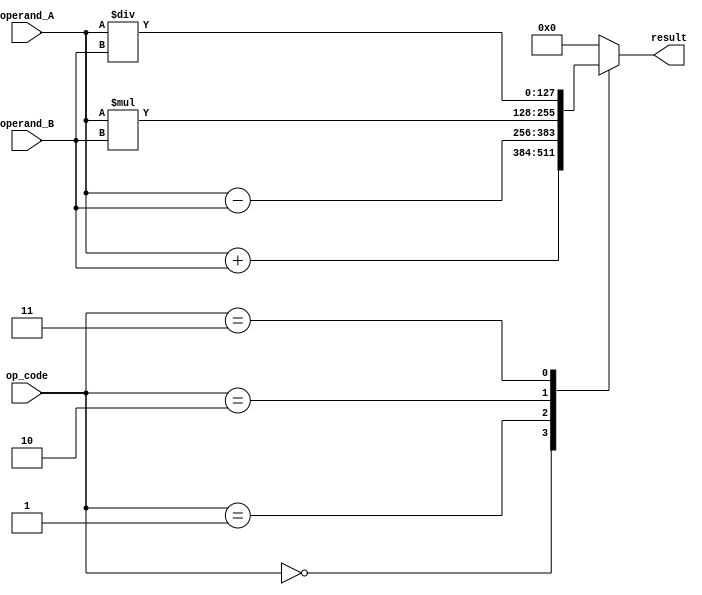
module quad_precision_unit (
    input [127:0] operand_A,
    input [127:0] operand_B,
    input [3:0] op_code, // 0: addition, 1: subtraction, 2: multiplication, 3: division
    output reg [127:0] result
);

always @ (*) begin
    case (op_code)
        0: result = operand_A + operand_B; // addition
        1: result = operand_A - operand_B; // subtraction
        2: result = operand_A * operand_B; // multiplication
        3: result = operand_A / operand_B; // division
        default: result = 128'h00000000000000000000000000000000; // error case
    endcase
end

endmodule